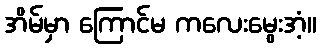
အိမ်မှာ ကြောင်မ ကလေးမွေးအံ့။